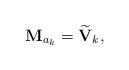
\begin{align*}\mathbf{M}_{a_k} = \widetilde{\mathbf{V}}_k,\end{align*}